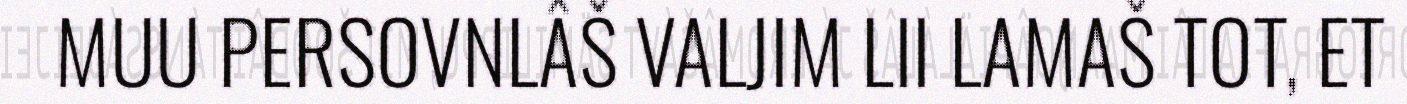
MUU PERSOVNLÂŠ VALJIM LII LAMAŠ TOT, ET